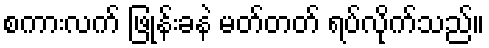
စကားလက် ဖြုန်းခနဲ မတ်တတ် ရပ်လိုက်သည်။